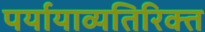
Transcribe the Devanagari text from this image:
पर्यायाव्यतिरिक्त